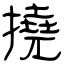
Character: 撓